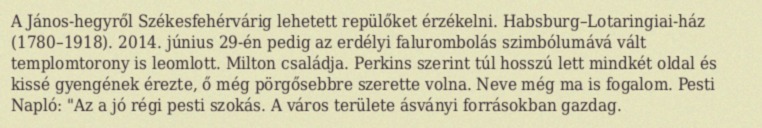
A János-hegyről Székesfehérvárig lehetett repülőket érzékelni. Habsburg–Lotaringiai-ház (1780–1918). 2014. június 29-én pedig az erdélyi falurombolás szimbólumává vált templomtorony is leomlott. Milton családja. Perkins szerint túl hosszú lett mindkét oldal és kissé gyengének érezte, ő még pörgősebbre szerette volna. Neve még ma is fogalom. Pesti Napló: "Az a jó régi pesti szokás. A város területe ásványi forrásokban gazdag.